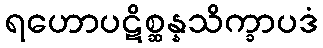
ရဟောပဋိစ္ဆန္နသိက္ခာပဒံ